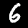
Digit: 6